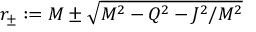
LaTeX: r _ { \pm } : = M \pm { \sqrt { M ^ { 2 } - Q ^ { 2 } - J ^ { 2 } / M ^ { 2 } } }